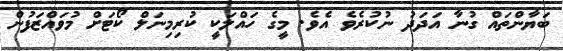
ބަޔާންތައް ގުނާ އަދަދު ނުކުރެވެ އެވެ. މީގެ ހައްލަކީ ކުރިމިނަލް ކޯޓަށް މުވައްޒަފުން